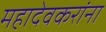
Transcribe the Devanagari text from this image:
महादेवकरांना